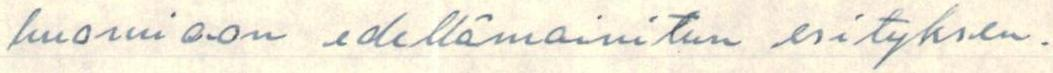
huomioon edellämainitun esityksen.